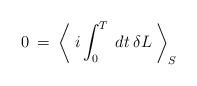
LaTeX: \begin{align*}0 \> = \> \left < \> i \int_0^T \> dt \> \delta L \> \right >_S\end{align*}